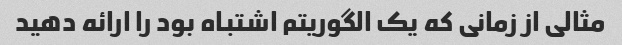
مثالی از زمانی که یک الگوریتم اشتباه بود را ارائه دهید